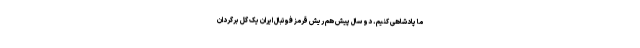
ما پادشاهی کنیم. دو سال پیش هم ریش قرمز فوتبال ایران یک گل برگردان